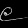
Digit: ၉